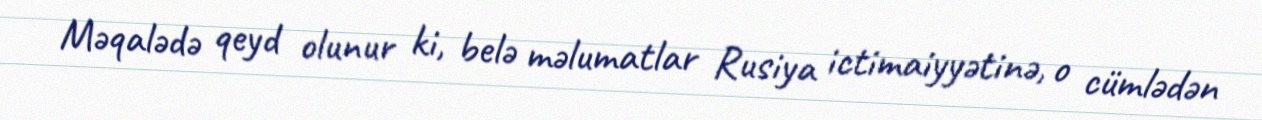
Məqalədə qeyd olunur ki, belə məlumatlar Rusiya ictimaiyyətinə, o cümlədən